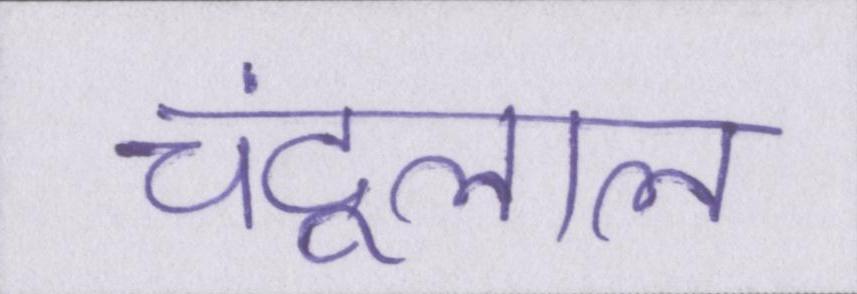
चंदूलाल